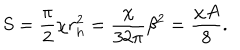
LaTeX: S = { \frac { \pi } { 2 } } \chi r _ { h } ^ { 2 } = { \frac { \chi } { 3 2 \pi } } \beta ^ { 2 } = { \frac { \chi A } { 8 } } .